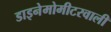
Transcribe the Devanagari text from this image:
डाइनेमोमीटरवाली